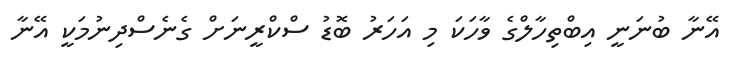
އޭނާ ބުނަނީ އިބްތިހާލްގެ ވާހަކަ މި އަހަރު ބޮޑު ސްކްރީނަށް ގެނެސްދިނުމަކީ އޭނާ